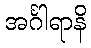
အင်္ဂါရာနိ